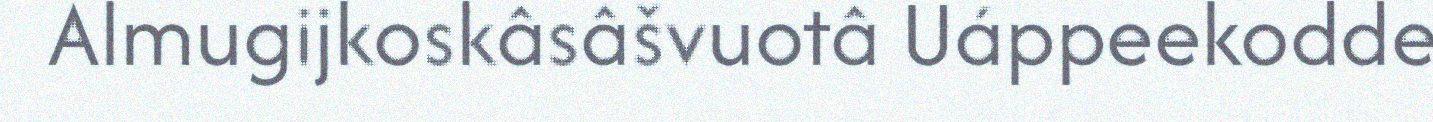
Almugijkoskâsâšvuotâ Uáppeekodde